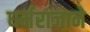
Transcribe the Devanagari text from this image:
धर्मराजाने